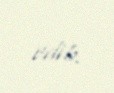
edib.